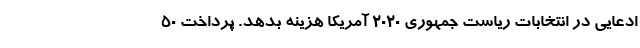
ادعایی در انتخابات ریاست جمهوری ۲۰۲۰ آمریکا هزینه بدهد. پرداخت 50